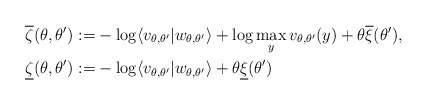
\begin{align*}\overline{\zeta}(\theta,\theta^\prime) :=& - \log \langle v_{\theta,\theta^\prime} | w_{\theta,\theta^\prime} \rangle + \log \max_y v_{\theta,\theta^\prime}(y) + \theta \overline{\xi}(\theta^\prime), \\\underline{\zeta}(\theta,\theta^\prime) :=& - \log \langle v_{\theta,\theta^\prime} | w_{\theta,\theta^\prime} \rangle + \theta \underline{\xi}(\theta^\prime)\end{align*}